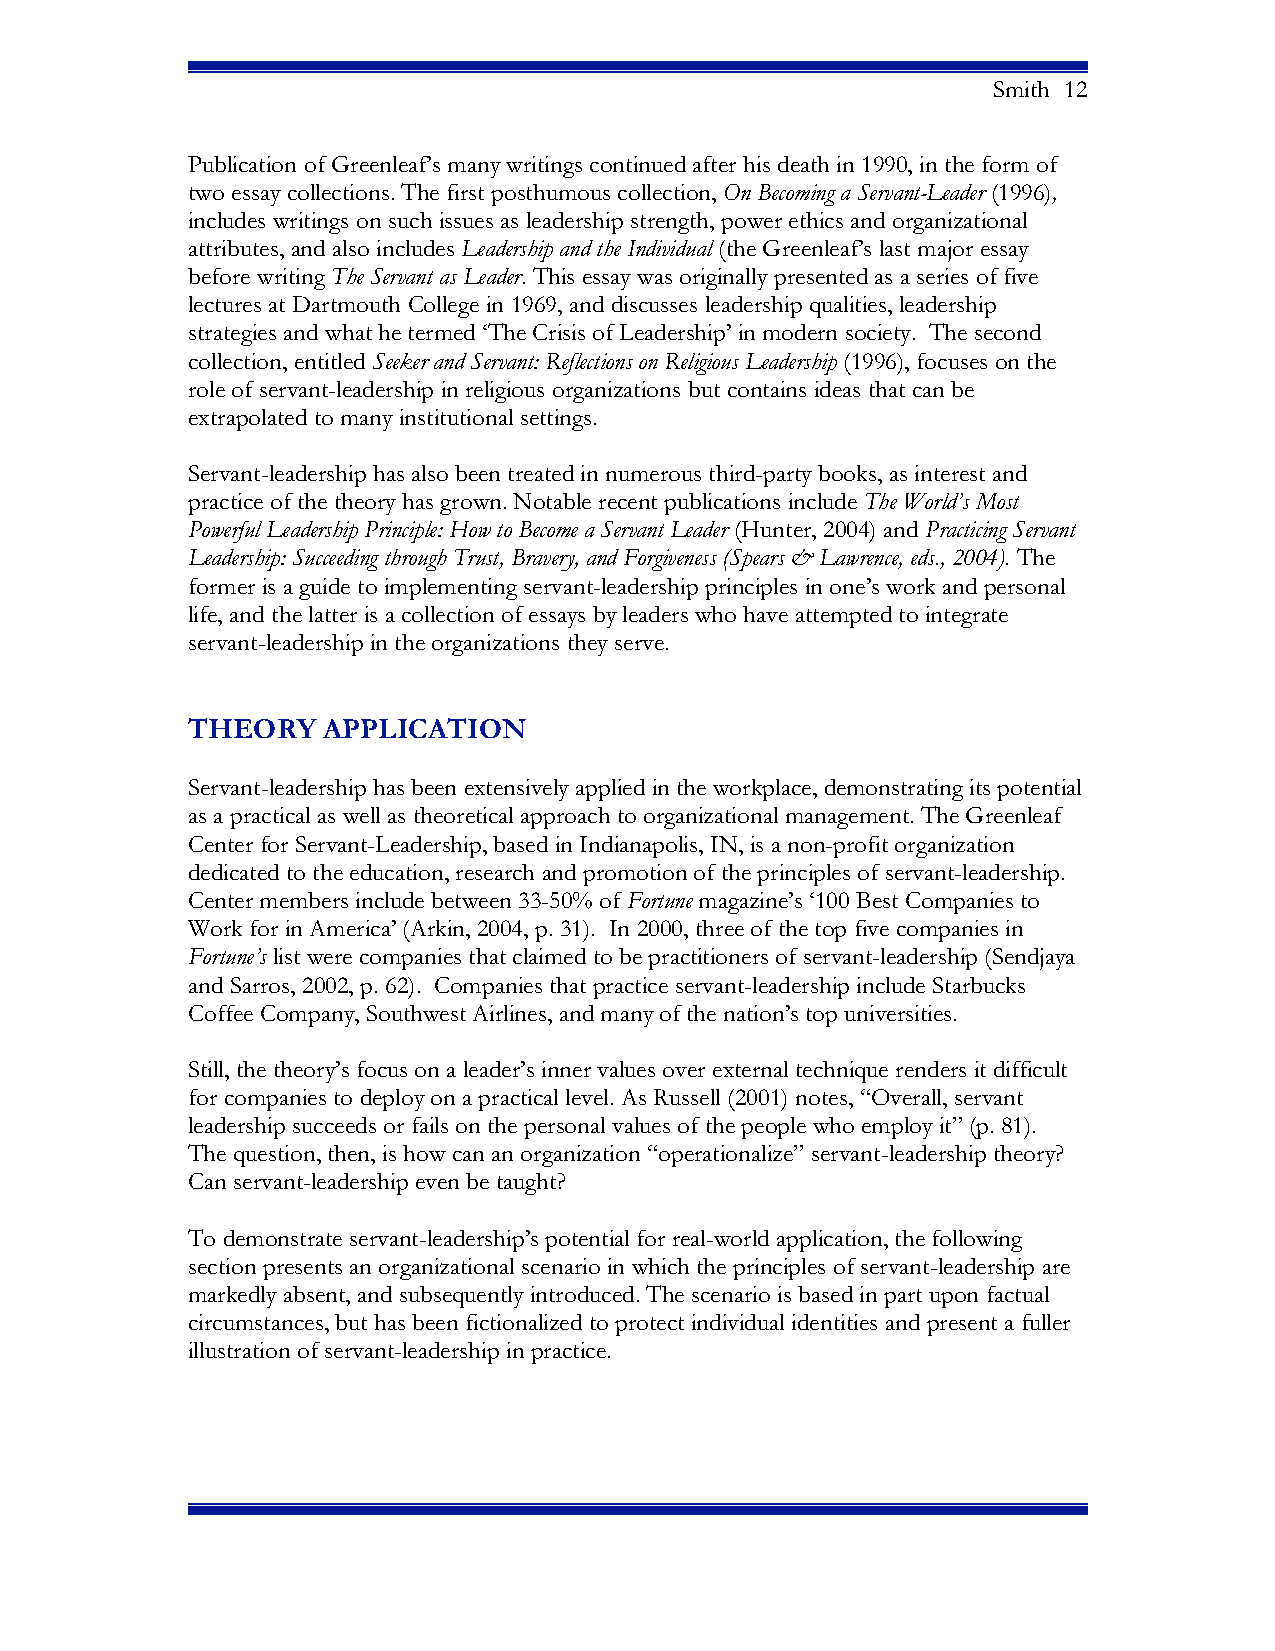
Smith 12
 Publication of Greenleaf’s many writings continued after his death in 1990, in the form of
 two essay collections. The first posthumous collection, On Becoming a Servant-Leader (1996),
 includes writings on such issues as leadership strength, power ethics and organizational
 attributes, and also includes Leadership and the Individual (the Greenleaf’s last major essay
 before writing The Servant as Leader. This essay was originally presented as a series of five
 lectures at Dartmouth College in 1969, and discusses leadership qualities, leadership
 strategies and what he termed ‘The Crisis of Leadership’ in modern society. The second
 collection, entitled Seeker and Servant: Reflections on Religious Leadership (1996), focuses on the
 role of servant-leadership in religious organizations but contains ideas that can be
 extrapolated to many institutional settings.
 Servant-leadership has also been treated in numerous third-party books, as interest and
 practice of the theory has grown. Notable recent publications include The World’s Most
 Powerful Leadership Principle: How to Become a Servant Leader (Hunter, 2004) and Practicing Servant
 Leadership: Succeeding through Trust, Bravery, and Forgiveness (Spears & Lawrence, eds., 2004). The
 former is a guide to implementing servant-leadership principles in one’s work and personal
 life, and the latter is a collection of essays by leaders who have attempted to integrate
 servant-leadership in the organizations they serve.
 THEORY   APPLICATION
 Servant-leadership has been extensively applied in the workplace, demonstrating its potential
 as a practical as well as theoretical approach to organizational management. The Greenleaf
 Center for Servant-Leadership, based in Indianapolis, IN, is a non-profit organization
 dedicated to the education, research and promotion of the principles of servant-leadership.
 Center members include between 33-50% of Fortune magazine’s ‘100 Best Companies to
 Work for in America’ (Arkin, 2004, p. 31). In 2000, three of the top five companies in
 Fortune’s list were companies that claimed to be practitioners of servant-leadership (Sendjaya
 and Sarros, 2002, p. 62). Companies that practice servant-leadership include Starbucks
 Coffee Company, Southwest Airlines, and many of the nation’s top universities.
 Still, the theory’s focus on a leader’s inner values over external technique renders it difficult
 for companies to deploy on a practical level. As Russell (2001) notes, “Overall, servant
 leadership succeeds or fails on the personal values of the people who employ it” (p. 81).
 The question, then, is how can an organization “operationalize” servant-leadership theory?
 Can servant-leadership even be taught?
 To demonstrate servant-leadership’s potential for real-world application, the following
 section presents an organizational scenario in which the principles of servant-leadership are
 markedly absent, and subsequently introduced. The scenario is based in part upon factual
 circumstances, but has been fictionalized to protect individual identities and present a fuller
 illustration of servant-leadership in practice.